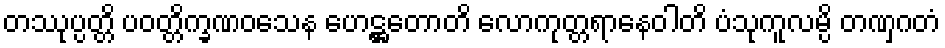
တဿုပ္ပတ္တိ ပဝတ္တိက္ခဏဝသေန ဟေဋ္ဌတောတိ လောကုတ္တရာနေဝါတိ ပံသုကူလမ္ပိ တဏှဂတံ